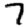
Digit: 7